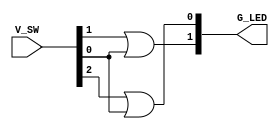
module encoder(V_SW,G_LED);
input [0:3] V_SW;
output  [0:1] G_LED;
assign G_LED[0]= V_SW[2]|V_SW[3]; 
assign G_LED[1]= V_SW[1]|V_SW[3];
endmodule